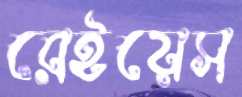
রেইয়েস